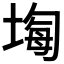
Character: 𡎧